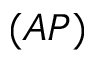
( A P )